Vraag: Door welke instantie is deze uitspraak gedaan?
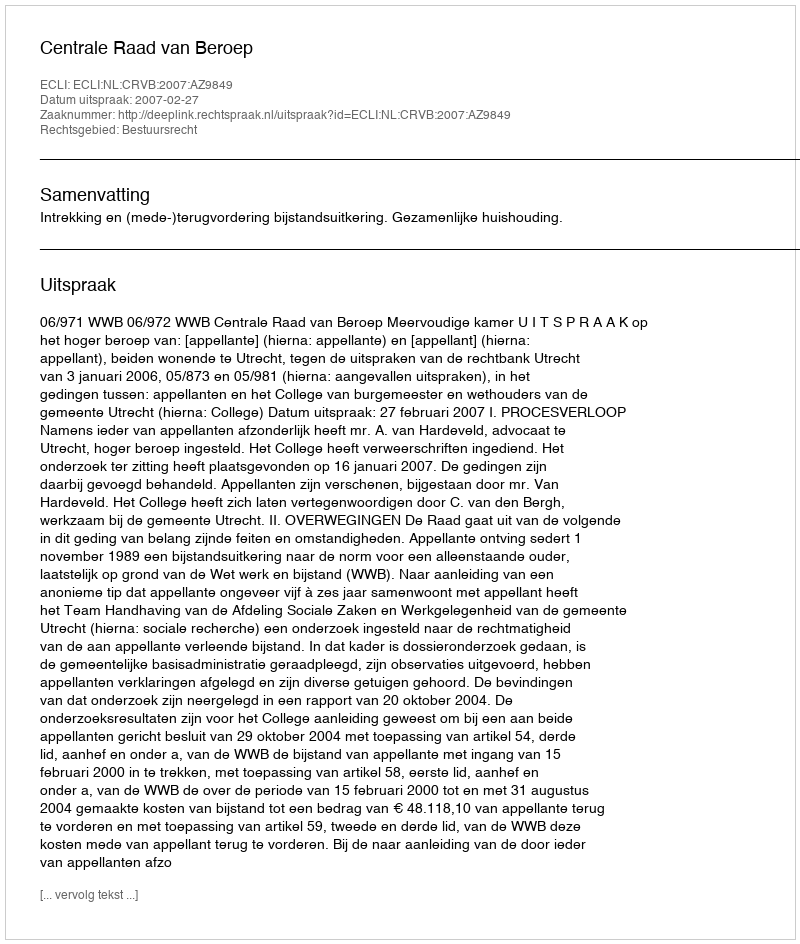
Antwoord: Centrale Raad van Beroep